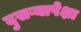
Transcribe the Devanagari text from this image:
दुसऱ्यापेक्षा